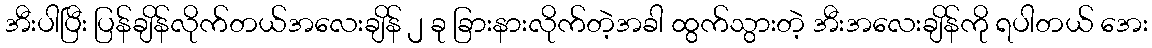
အီးပါပြီး ပြန်ချိန်လိုက်တယ်အလေးချိန် ၂ ခု ခြားနားလိုက်တဲ့အခါ ထွက်သွားတဲ့ အီးအလေးချိန်ကို ရပါတယ် အေး